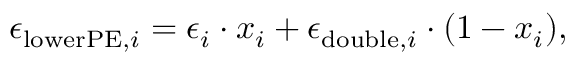
\epsilon _ { \mathrm { l o w e r P E } , i } = \epsilon _ { i } \cdot x _ { i } + \epsilon _ { \mathrm { d o u b l e } , i } \cdot ( 1 - x _ { i } ) ,